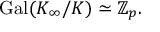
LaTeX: \operatorname { G a l } ( K _ { \infty } / K ) \simeq \mathbb { Z } _ { p } .